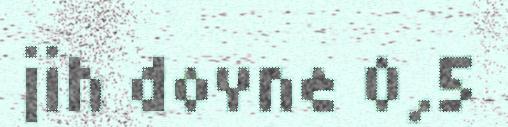
jih dovne 0,5